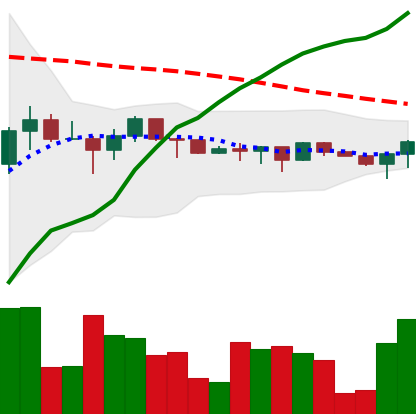
Ticker: XRP-USD
Chart end date: 2022-12-13
Forward return: -11.347%
Label: down_7plus